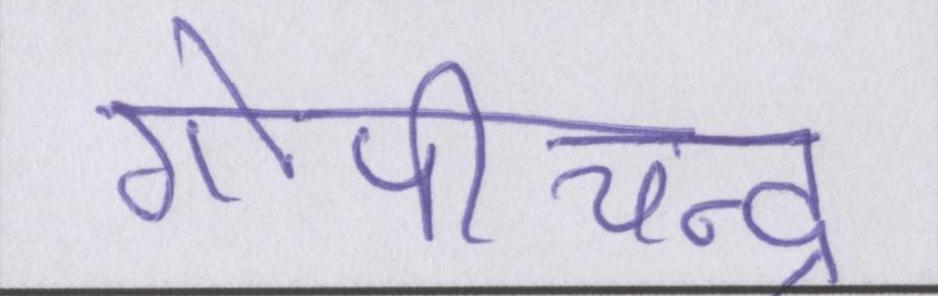
गोपीचन्द्र